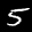
Label: 5